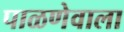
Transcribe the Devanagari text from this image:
पाळणेवाला